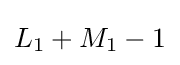
L_{1}+M_{1}-1